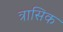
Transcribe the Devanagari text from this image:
त्रासिक